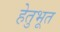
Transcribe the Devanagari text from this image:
हेतुभूत